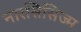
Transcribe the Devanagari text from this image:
नारसिसिज्म